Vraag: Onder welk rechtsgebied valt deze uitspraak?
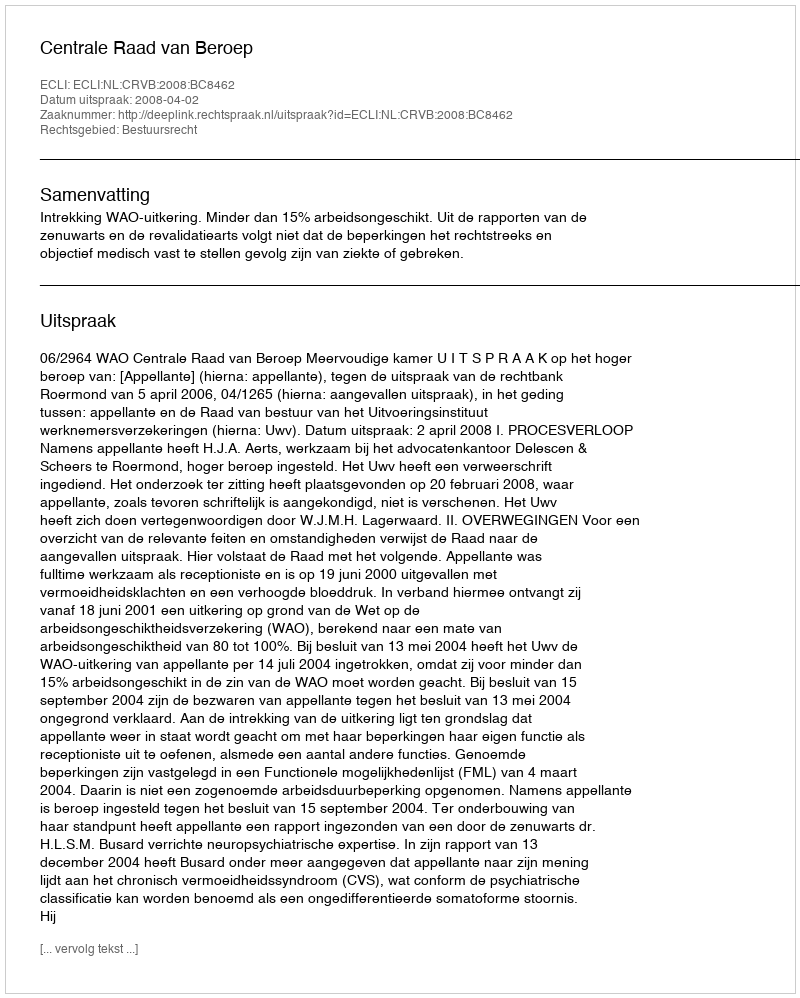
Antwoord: Bestuursrecht